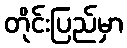
တိုင်းပြည်မှာ